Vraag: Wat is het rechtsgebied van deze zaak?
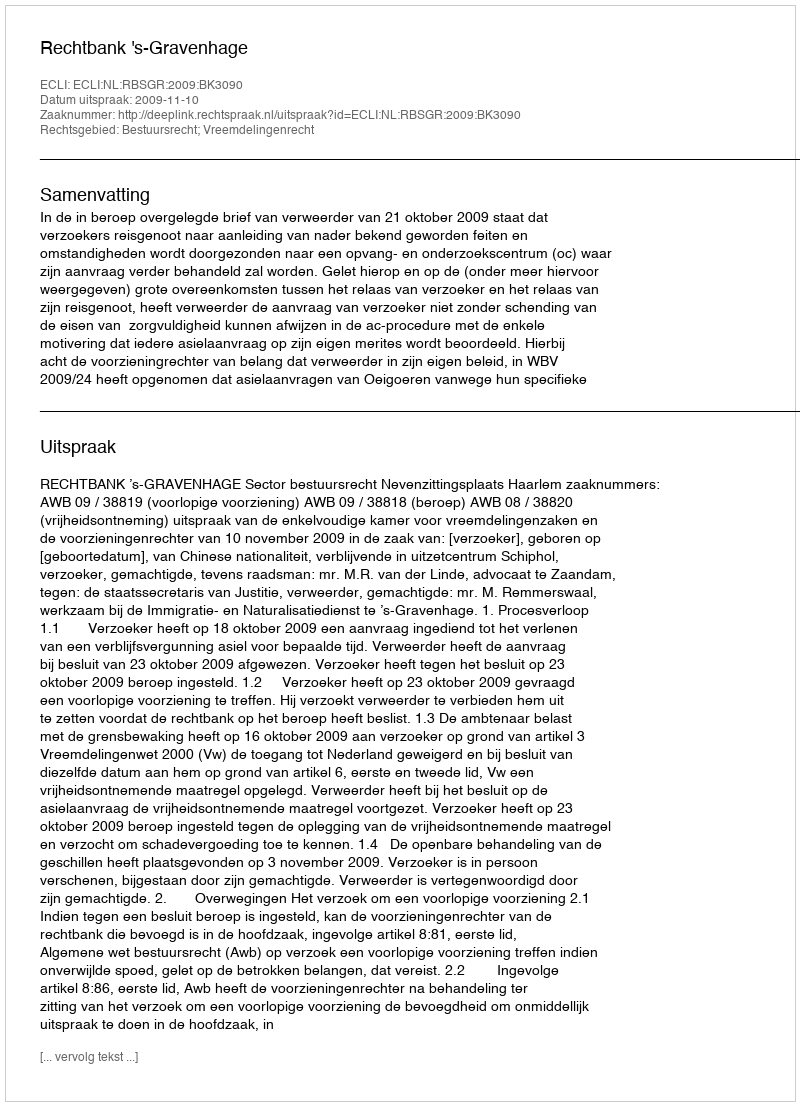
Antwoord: Bestuursrecht; Vreemdelingenrecht